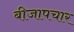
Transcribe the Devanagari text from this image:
बीजापचार